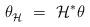
LaTeX: \begin{align*} \theta_{\mathcal{H}}^{\vphantom{j}}~=~\mathcal{H}^* \theta\end{align*}